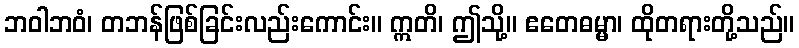
ဘဝါဘဝံ၊ တဘန်ဖြစ်ခြင်းလည်းကောင်း။ ဣတိ၊ ဤသို့။ ဧတေဓမ္မာ၊ ထိုတရားတို့သည်။